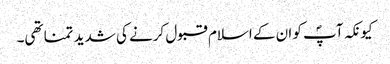
کیونکہ آپؐ کو ان کے اسلام قبول کرنے کی شدید تمنا تھی۔